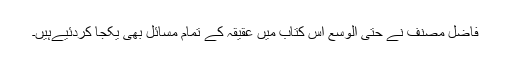
فاضل مصنف نے حتیٰ الوسع اس کتاب میں عقیقہ کے تمام مسائل بھی یکجا کردئیےہیں۔